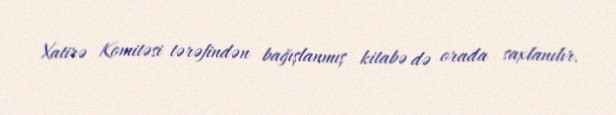
Xatirə Komitəsi tərəfindən bağışlanmış kitabə də orada saxlanılır.